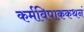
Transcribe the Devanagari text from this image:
कर्मविपाककथनं